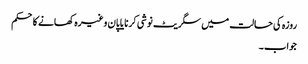
روزہ کی حالت میں سگریٹ نوشی کرنا یا پان وغیرہ کھانے کاحکم
جواب۔